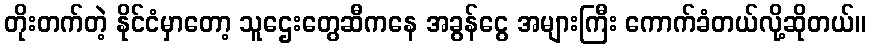
တိုးတက်တဲ့ နိုင်ငံမှာတော့ သူဌေးတွေဆီကနေ အခွန်ငွေ အများကြီး ကောက်ခံတယ်လို့ဆိုတယ်။